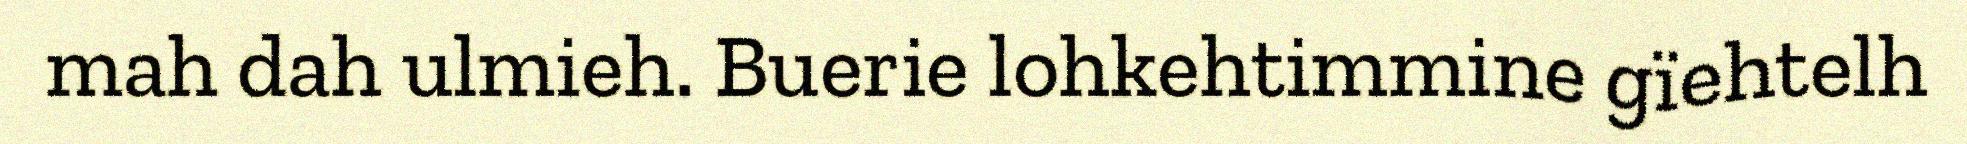
mah dah ulmieh. Buerie lohkehtimmine gïehtelh